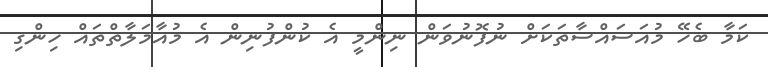
ކަމާ ބެހޭ މުއަސައްސާތަކަށް ނުފޮނުވަން ނިންމީ އެ ކުންފުނިން އެ މުއާމަލާތްތައް ހިންގި